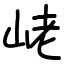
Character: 峔